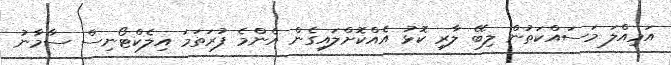
އަމިއްލަ މަސައްކަތުން ލިބޭ ލާރި ކޮޅު އެއްކޮށްލައިގެން އެންމެ ފުރަތަމަ އިލެކްޓޯނިސް ސާމާނު